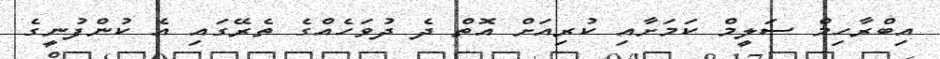
އިބްރާހިމް ސަލީމް ކަމަށާއި ކުރިއަށް އޮތް ދެ ދުވަހެއްގެ ތެރޭގައި އެ ކުންފުނީގެ